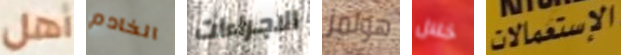
أهل الخادم الاجراءات هولمز خلال الإستعمالات